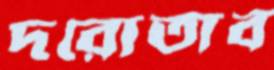
দরোতাব